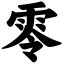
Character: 零